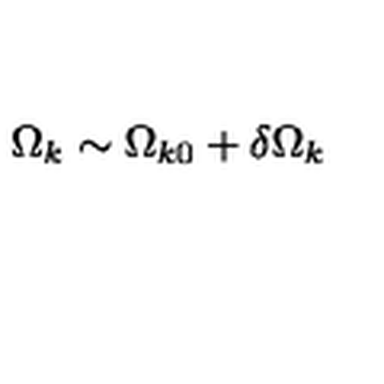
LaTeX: \Omega _ { k } \sim \Omega _ { k 0 } + \delta \Omega _ { k }